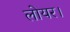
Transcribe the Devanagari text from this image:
लोयर।